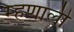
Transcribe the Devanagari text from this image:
म्‍हणाली